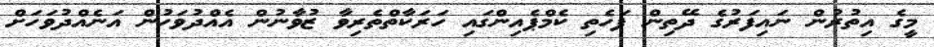
މީގެ އިތުރުން ނައިފަރުގެ ދޭތިން ފަހެތި ކެމްޕެއިންގައި ހަރަކާތްތެރިވާ ޒުވާނުން އެއްދުވަހުން އަނެއްދުވަހަށް